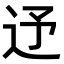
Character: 𨑦